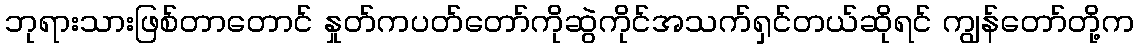
ဘုရားသားဖြစ်တာတောင် နှုတ်ကပတ်တော်ကိုဆွဲကိုင်အသက်ရှင်တယ်ဆိုရင် ကျွန်တော်တို့က